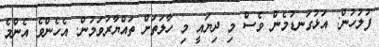
ފުލުހުން: އަޅުގަނޑުމެން ވެސް މި ދިޔައީ މި ހާލަތަށް ތައްޔާރުވަމުން. އެހެންވެ އެންމެ